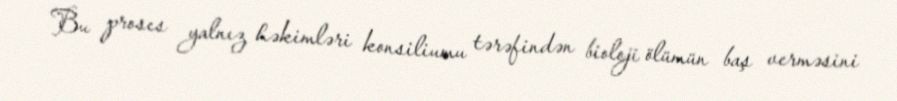
Bu proses yalnız həkimləri konsiliumu tərəfindən bioloji ölümün baş verməsini